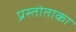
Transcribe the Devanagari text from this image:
प्रस्तोताका